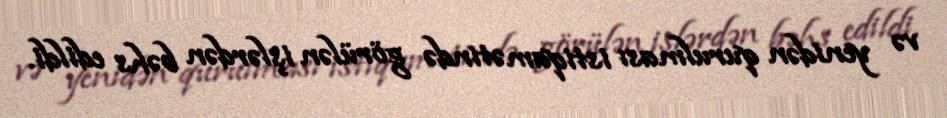
və yenidən qurulması istiqamətində görülən işlərdən bəhs edildi.